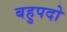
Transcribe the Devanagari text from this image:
बहुपदो